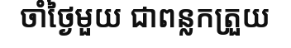
ចាំថ្ងៃមួយ ជាពន្លកត្រួយ